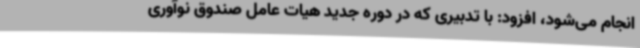
انجام می‌شود، افزود: با تدبیری که در دوره جدید هیات عامل صندوق نوآوری